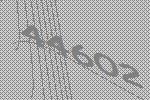
44602